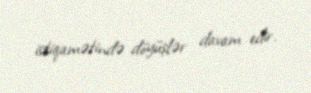
istiqamətində döyüşlər davam edir.